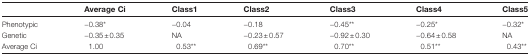
<table><thead><tr><td></td><td><b>Average Ci</b></td><td><b>Class1</b></td><td><b>Class2</b></td><td><b>Class3</b></td><td><b>Class4</b></td><td><b>Class5</b></td></tr></thead><tbody><tr><td>Phenotypic</td><td>−0.38*</td><td>−0.04</td><td>−0.18</td><td>−0.45**</td><td>−0.25*</td><td>−0.32*</td></tr><tr><td>Genetic</td><td>−0.35±0.35</td><td>NA</td><td>−0.23±0.57</td><td>−0.92±0.30</td><td>−0.64±0.58</td><td>NA</td></tr><tr><td>Average Ci</td><td>1.00</td><td>0.53**</td><td>0.69**</td><td>0.70**</td><td>0.51**</td><td>0.43**</td></tr></tbody></table>